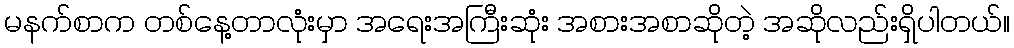
မနက်စာက တစ်နေ့တာလုံးမှာ အရေးအကြီးဆုံး အစားအစာဆိုတဲ့ အဆိုလည်းရှိပါတယ်။